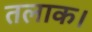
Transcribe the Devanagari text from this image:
तलाक।